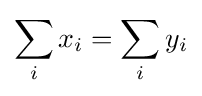
\sum _{i}{x_{i}}=\sum _{i}{y_{i}}